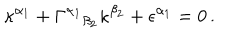
LaTeX: \kappa ^ { \alpha _ { 1 } } + \Gamma ^ { \alpha _ { 1 } } { } _ { \beta _ { 2 } } \kappa ^ { \beta _ { 2 } } + \epsilon ^ { \alpha _ { 1 } } = 0 \, .